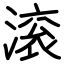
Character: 滚